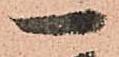
一